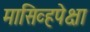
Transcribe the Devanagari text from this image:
मासिव्हपेक्षा